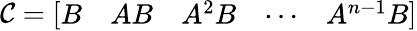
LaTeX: {\mathcal{C}}={\left[\begin{array}{lllll}{B}&{AB}&{A^{2}B}&{\cdots}&{A^{n-1}B}\end{array}\right]}